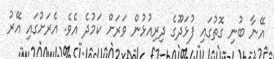
އޭނާ ބުނި ގޮތުގައި ފުޅަދޫގެ ދިރިއުޅުން ވަރަށް ކަމުދެ އެވެ. އެރަށުގައި އޭރު